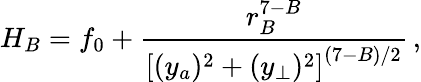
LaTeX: H_{B}=f_{0}+{\frac{r_{B}^{7-B}}{\left[({{{y}}_{a}})^{2}+({{{y}}_{\perp}})^{2}\right]^{(7-B)/2}}}\, ,